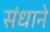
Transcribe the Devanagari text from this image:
संधाने